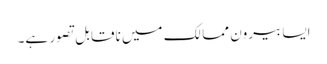
ایسا بیرون ممالک میں ناقابل تصور ہے۔